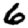
Digit: 6